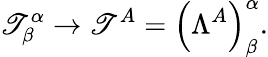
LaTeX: \mathscr{T}_{\beta}^{\alpha}\rightarrow\mathscr{T}^{A}=\left(\Lambda^{A}\right)_{\beta}^{\alpha}.